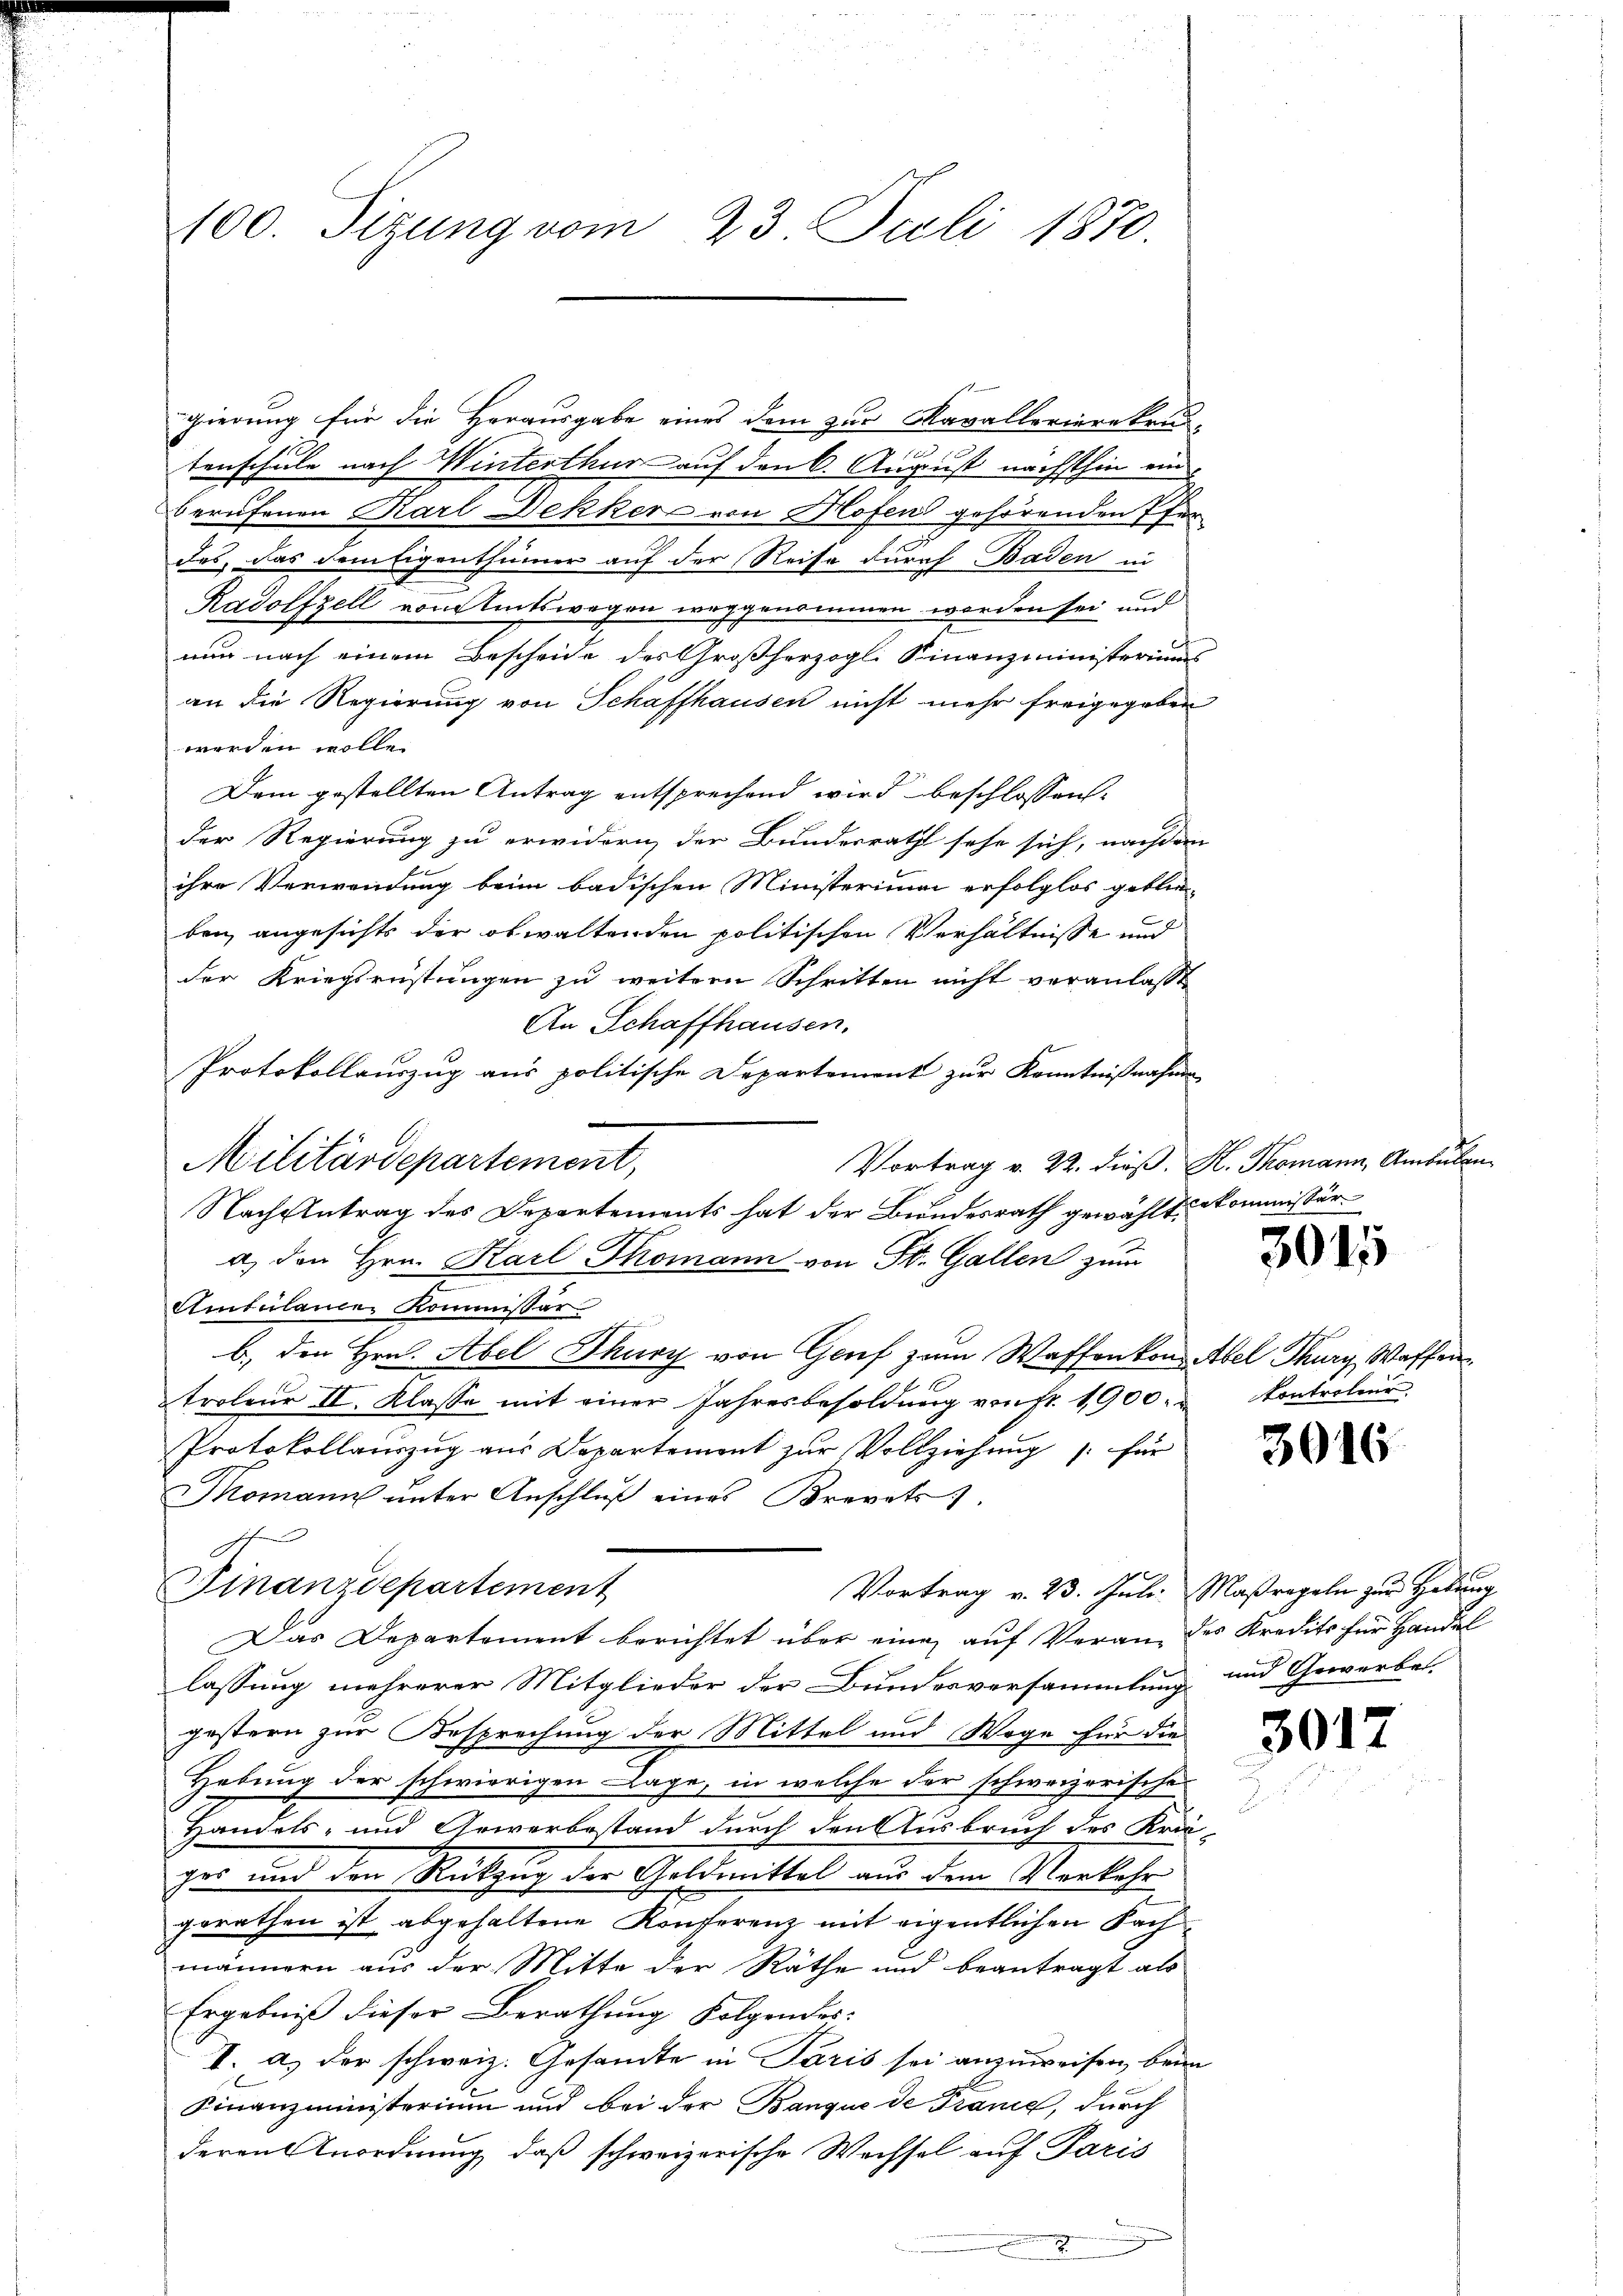
100. Sizung vom 23. Juli 1870.

gierung für die Herausgabe eines dem zur Kavallerierekrus-
tenschule nach Winterthur auf den 6. August nächsthin ein
berufenen Karl Dekker von Hofen gehörenden Pfer
des, das dem Eigenthümer auf der Reise durch Baden in
Radolfzell vom Amtswegen weggenommen worden sei und
nur nach einem Bescheide des Großherzogl. Finanzministeriums
an die Regierung von Schaffhausen nicht mehr freigegeben
werden wolle.
Dem gestellten Antrag entsprechend wird beschlossen:
der Regierung zu erwidern, der Bundesrath sehe sich, nachdem
ihre Verwendung beim badischen Ministerium erfolglos geblie-
ben, angesichts der obwaltenden politischen Verhältnisse und
der Kriegsrüstungen zu weitern Schritten nicht veranlaßt
An Schaffhausen.
Protokollauszug aus politische Departement zur Kenntnißnahme
Militärdepartement,
Nach Antrag des Departements hat der Bundesrath gewählt. Kommissär
a. den Hrn. Karl Thomann von St. Gallen zum
Aitulame Kommissar
b.) den Hrn. Abel Thury von Genf zum Waffenkons Abel Thurg, Waffen
troleur II. Klasse mit einer Jahresbesoldung von fr. 1900.
Protokollauszug aus Departement zŭr Vollziehung für
Tomann unter Anschluß eines Brevets).
e
Finanzdepartement
Vortrag v. 23. Juli, Maßregeln zur Hebung
Das Departement berichtet über eine auf Veran des Kredits für Handel
lassung mehrerer Mitglieder der Bundesversammlung und Gewerbe.
gestern zur Besprechung der Mittel und Wege für die
Hebung der schwierigen Lage, in welche der schweizerische
Handels- und Gewerbestand durch den Ausbruch des Krä-
ger und den Rückzug der Goldmittel aus dem Verkehr
gerathen ist abgehaltene Konferenz mit eigentlichen Sach
männern aus der Mitte der Räthe und beantragt als
Ergebniß dieser Berathung Folgendes:
I. a) der schweiz. Gesandte in Paris sei anzuweisen, beim
Finanzministerium und bei der Banque de France, durch
deren Anordnung, daß schweizerische Wechsel auf Paris
2

Vortrag v. 22. dieß, K. Thomann, Ambulan

3015

Controleur

3016

3017